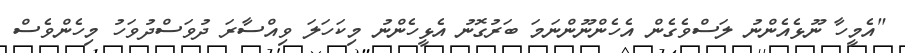
"އެމީހާ ނޫޅެއެންނު ލަސްވެގެން އެހެންނޫންނަމަ ބަރުގޮނު އެޅީހެންނު މިކަހަލަ ވިއްސާރަ ދުވަސްދުވަހު މިހެންވެސް